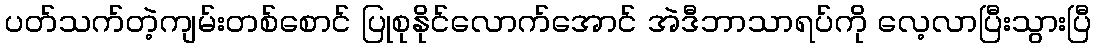
ပတ်သက်တဲ့ကျမ်းတစ်စောင် ပြုစုနိုင်လောက်အောင် အဲဒီဘာသာရပ်ကို လေ့လာပြီးသွားပြီ